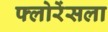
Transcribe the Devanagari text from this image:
फ्लोरेंसला